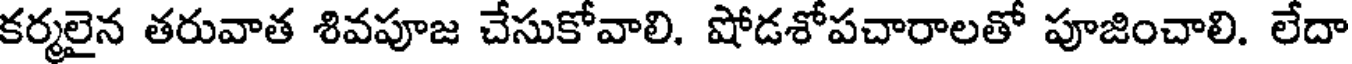
కర్మలైన తరువాత శివపూజ చేసుకోవాలి. షోడశోపచారాలతో పూజించాలి. లేదా